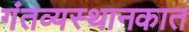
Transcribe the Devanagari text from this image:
गंतव्यस्थानकात